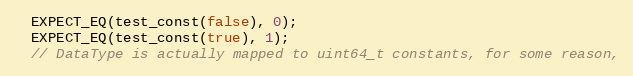
Language: C++
  EXPECT_EQ(test_const(false), 0);
  EXPECT_EQ(test_const(true), 1);
  // DataType is actually mapped to uint64_t constants, for some reason,